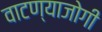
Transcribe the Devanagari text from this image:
वाटण्याजोगी